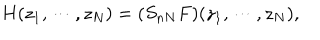
H ( z _ { 1 } , \cdots , z _ { N } ) = ( S _ { n N } F ) ( z _ { 1 } , \cdots , z _ { N } ) ,